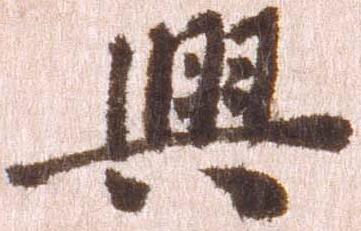
興